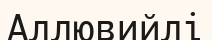
Аллювийлі